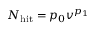
N _ { \mathrm { h i t } } = p _ { 0 } v ^ { p _ { 1 } }